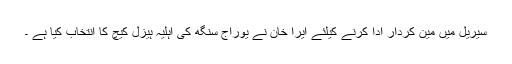
سیریل میں مین کردار ادا کرنے کیلئے ایرا خان نے یوراج سنگھ کی اہلیہ ہیزل کیچ کا انتخاب کیا ہے ۔